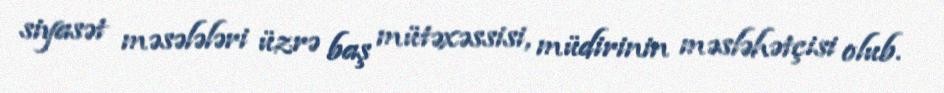
siyasət məsələləri üzrə baş mütəxəssisi, müdirinin məsləhətçisi olub.